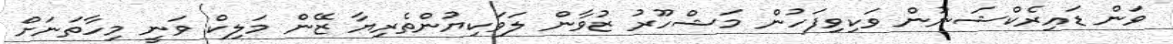
ވަން ޑައިރެކްޝަނުން ވަކިވިފަހުން މަޝްހޫރު ޒުވާން ލަވަކިޔުންތެރިޔާ ޒޭން މަލިކް ވަނީ މިހާތަނަށް